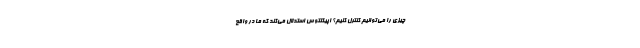
چیزی را می‌توانیم کنترل کنیم؟ اپیکتتوس استدلال می‌کند که ما در واقع